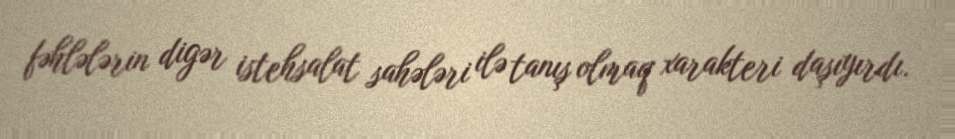
fəhlələrin digər istehsalat sahələri ilə tanış olmaq xarakteri daşıyırdı.